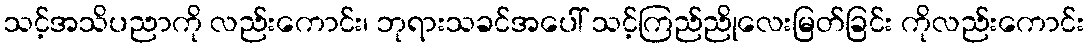
သင့်အသိပညာကို လည်းကောင်း၊ ဘုရားသခင်အပေါ် သင့်ကြည်ညိုလေးမြတ်ခြင်း ကိုလည်းကောင်း